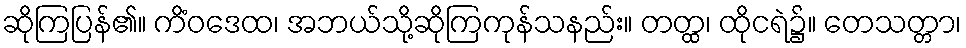
ဆိုကြပြန်၏။ ကိံဝဒေထ၊ အဘယ်သို့ဆိုကြကုန်သနည်း။ တတ္ထ၊ ထိုငရဲ၌။ တေသတ္တာ၊